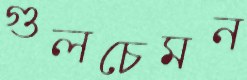
গুলচেমন